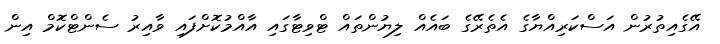
އޭގެއިތުރުން އަސްކަރިއްޔާގެ އެތެރޭގެ ބައެއް ލިޔުންތައް ޓްވިޓާގައި އާއްމުކޮށްފައި ވާއިރު ސެންޓްކޮމް އިން